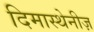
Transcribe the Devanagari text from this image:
दिमास्थेनीज़